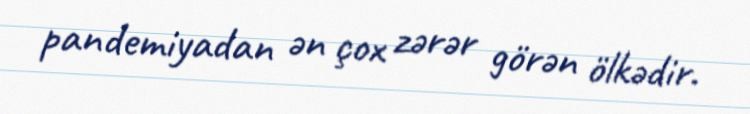
pandemiyadan ən çox zərər görən ölkədir.